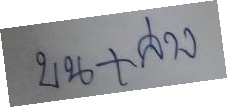
บน + ล่าง